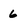
Character: 6